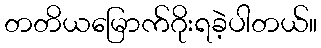
တတိယမြောက်ဂိုးရခဲ့ပါတယ်။